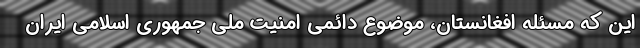
این که مسئله افغانستان، موضوع دائمی امنیت ملی جمهوری اسلامی ایران